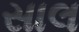
સાલ